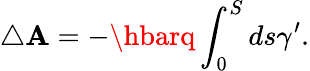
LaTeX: \triangle\mathbf{A}=-\hbarq\int_{0}^{S}ds\gamma^{\prime}.